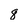
Character: 8